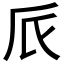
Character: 𠂢